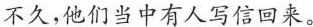
不久,他们当中有人写信回来。